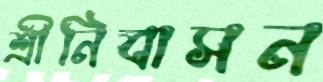
শ্রীনিবাসন